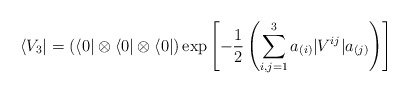
\begin{align*}\langle V_3 | = (\langle 0| \otimes \langle 0 |\otimes \langle 0 |)\exp \left[-\frac{1}{2} \left( \sum_{i, j = 1}^3 a_{(i)} | V^{ij} | a_{(j)}\right) \right] \end{align*}